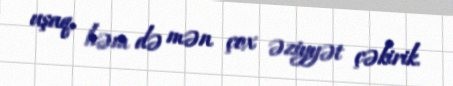
uşaq, həm də mən çox əziyyət çəkirik.